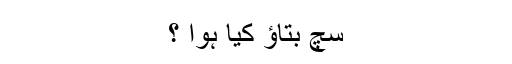
سچ بتاﺅ کیا ہوا ؟